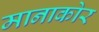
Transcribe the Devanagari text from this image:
मानाकोर